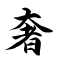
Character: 奢